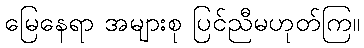
မြေနေရာ အများစု ပြင်ညီမဟုတ်ကြ။